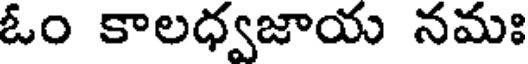
ఓం కాలధ్వజాయ నమః